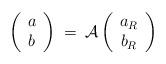
LaTeX: \begin{align*}\left( \begin{array}{c} a \\ b \end{array} \right) \: = \: {\cal A}\left( \begin{array}{c} a_R \\ b_R \end{array} \right)\end{align*}